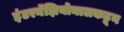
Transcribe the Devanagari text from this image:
इंटरनॅझियोनालकडून